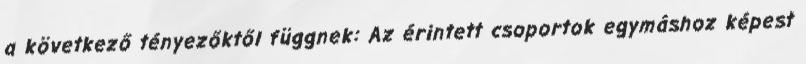
a következő tényezőktől függnek: Az érintett csoportok egymáshoz képest